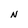
Character: N